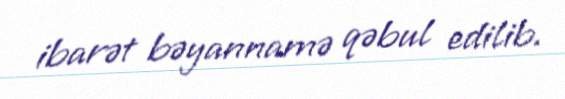
ibarət bəyannamə qəbul edilib.